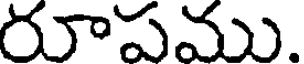
రూపము.